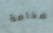
ضخامة